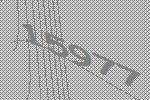
15977